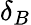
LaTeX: \delta_{B}